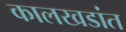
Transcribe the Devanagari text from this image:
कालखडांत